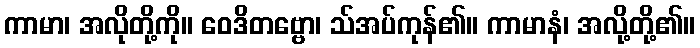
ကာမာ၊ အလိုတို့ကို။ ဝေဒိတဗ္ဗော၊ သ်အပ်ကုန်၏။ ကာမာနံ၊ အလို့တို့၏။